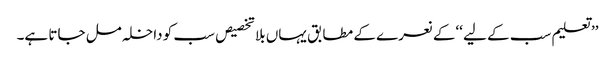
’’ تعلیم سب کے لیے ‘‘کے نعرے کے مطابق یہاں بلا تخصیص سب کو داخلہ مل جاتا ہے۔